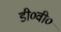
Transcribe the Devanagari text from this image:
डी०वी०